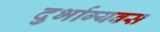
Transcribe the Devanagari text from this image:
दुर्भाग्यवस